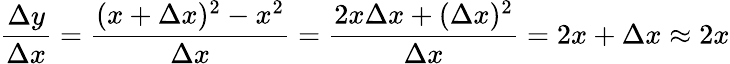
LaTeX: {\frac{\Delta y}{\Delta x}}={\frac{(x+\Delta x)^{2}-x^{2}}{\Delta x}}={\frac{2x\Delta x+(\Delta x)^{2}}{\Delta x}}=2x+\Delta x\approx 2x